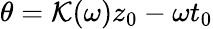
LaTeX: \theta=\mathcal{K}(\omega)z_{0}-\omega t_{0}